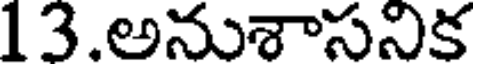
13.అనుశాసనిక